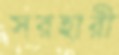
সরহারী